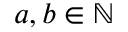
a , b \in \mathbb { N }